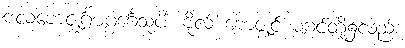
ဗလဗောဇ္ဈင်္ဂမဂ္ဂင်္ဂေသုပိ၊ ဗိုလ် ဗောဇ္ဈင် မဂ္ဂင်တို့၌လည်း